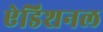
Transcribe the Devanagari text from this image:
ऐडिशनल